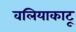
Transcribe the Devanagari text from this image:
वलियाकाटू